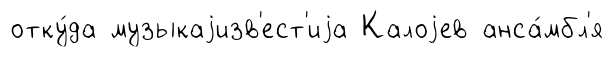
отку́да музыкаjизв'ест'иjа Калоjев анса́мбл'я